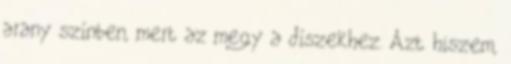
arany színben, mert az megy a díszekhez. Azt hiszem,